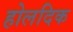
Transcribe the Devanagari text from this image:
होलदिक